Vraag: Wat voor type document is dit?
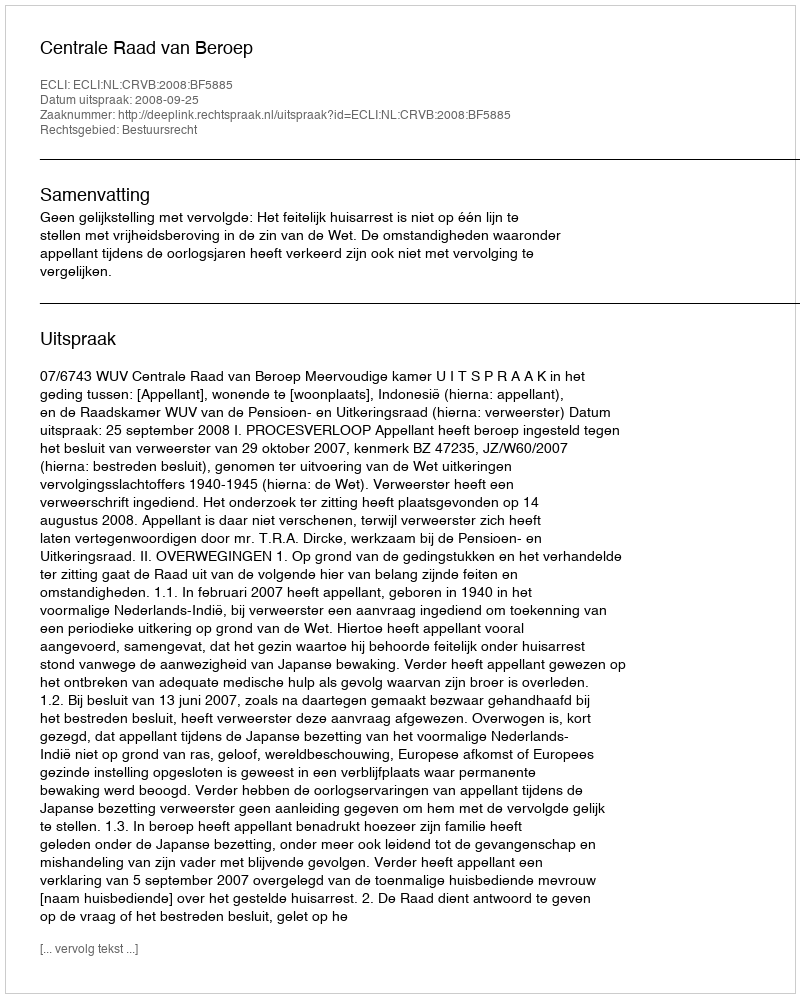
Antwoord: Uitspraak